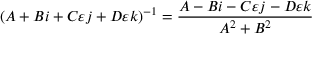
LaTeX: ( A + B i + C \varepsilon j + D \varepsilon k ) ^ { - 1 } = { \frac { A - B i - C \varepsilon j - D \varepsilon k } { A ^ { 2 } + B ^ { 2 } } }